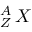
^ A _ { Z } \, X